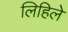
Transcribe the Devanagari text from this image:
लिहिलेे